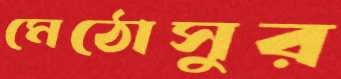
মেঠোসুর